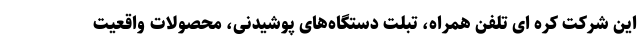
این شرکت کره ای تلفن همراه، تبلت دستگاه‌های پوشیدنی، محصولات واقعیت